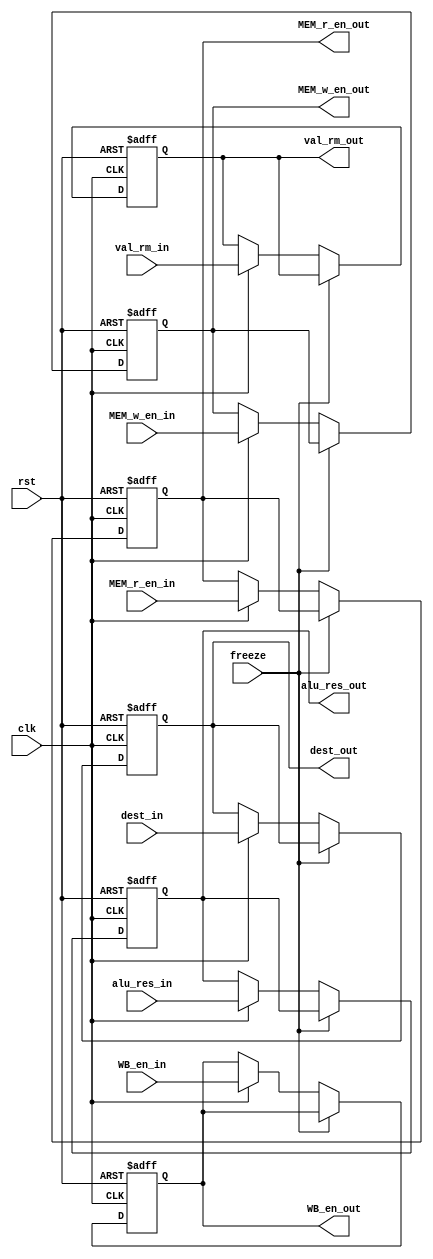
module EXE_Stage_Reg (
  input             clk,
  input             rst,
  input             freeze,
  input             WB_en_in,
  input             MEM_r_en_in,
  input             MEM_w_en_in,
  input      [3:0]  dest_in,
  input      [31:0] alu_res_in,
  input      [31:0] val_rm_in,

  output reg        WB_en_out,
  output reg        MEM_r_en_out,
  output reg        MEM_w_en_out,
  output reg [3:0]  dest_out,
  output reg [31:0] alu_res_out,
  output reg [31:0] val_rm_out
);

  always @(posedge clk, posedge rst) begin
    if (rst) begin
      WB_en_out <= 1'b0;
      MEM_r_en_out <= 1'b0;
      MEM_w_en_out <= 1'b0;
      alu_res_out <= 32'b0;
      val_rm_out <= 32'b0;
      dest_out <= 4'b0;
    end
    else if (freeze) begin
      WB_en_out <= WB_en_out;
      MEM_r_en_out <= MEM_r_en_out;
      MEM_w_en_out <= MEM_w_en_out;
      alu_res_out <= alu_res_out;
      val_rm_out <= val_rm_out;
      dest_out <= dest_out;
    end
    else if (clk) begin
      WB_en_out <= WB_en_in;
      MEM_r_en_out <= MEM_r_en_in;
      MEM_w_en_out <= MEM_w_en_in;
      alu_res_out <= alu_res_in;
      val_rm_out <= val_rm_in;
      dest_out <= dest_in;
    end
    else begin
      WB_en_out <= WB_en_out;
      MEM_r_en_out <= MEM_r_en_out;
      MEM_w_en_out <= MEM_w_en_out;
      alu_res_out <= alu_res_out;
      val_rm_out <= val_rm_out;
      dest_out <= dest_out;
    end
  end

endmodule